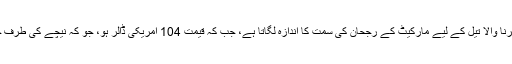
ایک سگنل فراہم کرنا والا تیل کے لیے مارکیٹ کے رجحان کی سمت کا اندازہ لگاتا ہے، جب کہ قیمت 104 امریکی ڈالر ہو، جو کہ نیچے کی طرف جاتی نظر آتی ہے۔